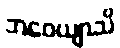
ဘဝေယျာသိ